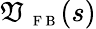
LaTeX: \mathfrak{V}_{\mathrm{{~\scriptsize~F~B~}}}(s)